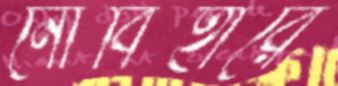
নৌবিহারে